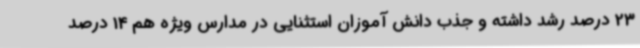
23 درصد رشد داشته و جذب دانش آموزان استثنایی در مدارس ویژه هم 14 درصد